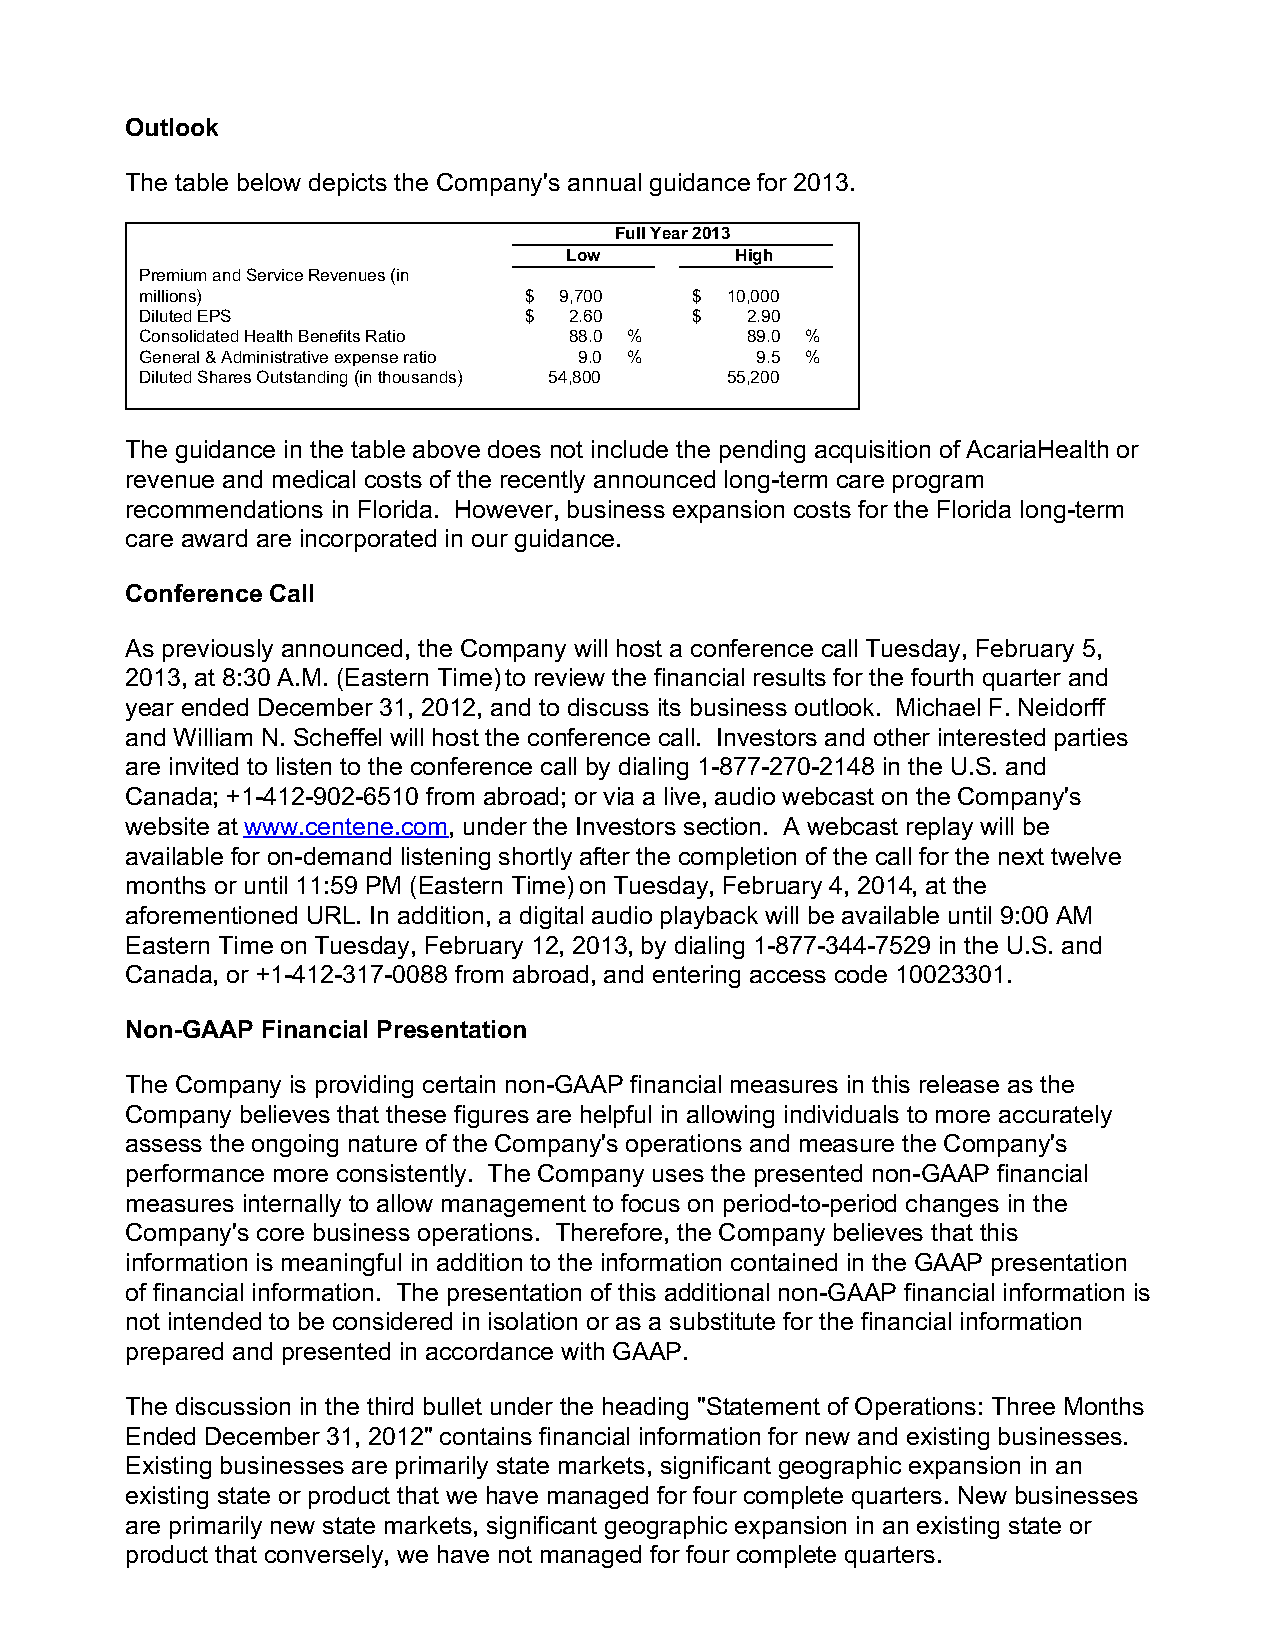
Outlook
 The table below depicts the Company's annual guidance for 2013.
 Full Year 2013
 Low        High
 Premium and Service Revenues (in
 millions)                 $ 9,700    $ 10,000
 Diluted EPS               $  2.60    $  2.90
 Consolidated Health Benefits Ratio 88.0 % 89.0 %
 General & Administrative expense ratio 9.0 % 9.5 %
 Diluted Shares Outstanding (in thousands) 54,800 55,200
 The guidance in the table above does not include the pending acquisition of AcariaHealth or
 revenue and medical costs of the recently announced long-term care program
 recommendations in Florida. However, business expansion costs for the Florida long-term
 care award are incorporated in our guidance.
 Conference Call
 As previously announced, the Company will host a conference call Tuesday, February 5,
 2013, at 8:30 A.M. (Eastern Time) to review the financial results for the fourth quarter and
 year ended December 31, 2012, and to discuss its business outlook. Michael F. Neidorff
 and William N. Scheffel will host the conference call. Investors and other interested parties
 are invited to listen to the conference call by dialing 1-877-270-2148 in the U.S. and
 Canada; +1-412-902-6510 from abroad; or via a live, audio webcast on the Company's
 website at www.centene.com, under the Investors section. A webcast replay will be
 available for on-demand listening shortly after the completion of the call for the next twelve
 months or until 11:59 PM (Eastern Time) on Tuesday, February 4, 2014, at the
 aforementioned URL. In addition, a digital audio playback will be available until 9:00 AM
 Eastern Time on Tuesday, February 12, 2013, by dialing 1-877-344-7529 in the U.S. and
 Canada, or +1-412-317-0088 from abroad, and entering access code 10023301.
 Non-GAAP Financial Presentation
 The Company is providing certain non-GAAP financial measures in this release as the
 Company believes that these figures are helpful in allowing individuals to more accurately
 assess the ongoing nature of the Company's operations and measure the Company's
 performance more consistently. The Company uses the presented non-GAAP financial
 measures internally to allow management to focus on period-to-period changes in the
 Company's core business operations. Therefore, the Company believes that this
 information is meaningful in addition to the information contained in the GAAP presentation
 of financial information. The presentation of this additional non-GAAP financial information is
 not intended to be considered in isolation or as a substitute for the financial information
 prepared and presented in accordance with GAAP.
 The discussion in the third bullet under the heading "Statement of Operations: Three Months
 Ended December 31, 2012" contains financial information for new and existing businesses.
 Existing businesses are primarily state markets, significant geographic expansion in an
 existing state or product that we have managed for four complete quarters. New businesses
 are primarily new state markets, significant geographic expansion in an existing state or
 product that conversely, we have not managed for four complete quarters.